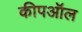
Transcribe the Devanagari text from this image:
कीपऑल